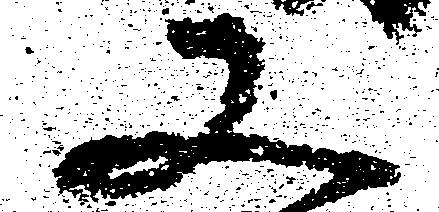
又